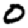
Digit: 0